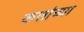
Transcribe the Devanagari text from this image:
कलांच्‍या